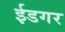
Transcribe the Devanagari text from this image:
ईडगर